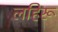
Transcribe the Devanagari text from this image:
लहिरू